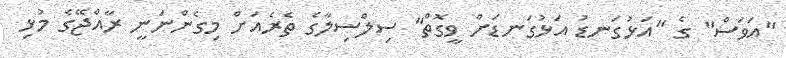
"އަވަސް" ގެ "އަޅުގަނޑު އަޅުގަނޑަށް ވީގޮތް" ސިލްސިލާގެ ތެރެއަށް މިގެންނަނީ ރާއްޖޭގެ މުޅި